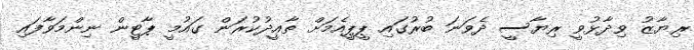
ރިޔާޒު ވިދާޅުވީ ރިޔާސީ ދެވަނަ ބުރުގައި ޕީޕީއެމަށް ތާއީދުކުރަން ގައުމީ ޕާޓީން ނިންމަވާފައި